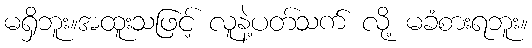
မရှိဘူး။အထူးသဖြင့် လူနဲ့ပတ်သက် လို့ မခံစားရဘူး။